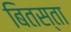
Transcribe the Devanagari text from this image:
बितस्ता